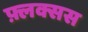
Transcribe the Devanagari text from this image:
फ़्लक्सस